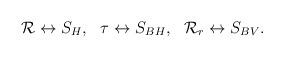
LaTeX: \begin{align*}{\cal R} \leftrightarrow S_H, ~~ \tau \leftrightarrow S_{BH}, ~~ {\cal R}_r \leftrightarrow S_{BV}.\end{align*}